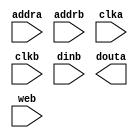
module ramc(
	addra,
	addrb,
	clka,
	clkb,
	dinb,
	douta,
	web);


input [8 : 0] addra;
input [8 : 0] addrb;
input clka;
input clkb;
input [7 : 0] dinb;
output [7 : 0] douta;
input web;

// synthesis translate_off

      BLKMEMDP_V6_3 #(
		.c_addra_width(9),
		.c_addrb_width(9),
		.c_default_data("0"),
		.c_depth_a(365),
		.c_depth_b(365),
		.c_enable_rlocs(0),
		.c_has_default_data(1),
		.c_has_dina(0),
		.c_has_dinb(1),
		.c_has_douta(1),
		.c_has_doutb(0),
		.c_has_ena(0),
		.c_has_enb(0),
		.c_has_limit_data_pitch(0),
		.c_has_nda(0),
		.c_has_ndb(0),
		.c_has_rdya(0),
		.c_has_rdyb(0),
		.c_has_rfda(0),
		.c_has_rfdb(0),
		.c_has_sinita(0),
		.c_has_sinitb(0),
		.c_has_wea(0),
		.c_has_web(1),
		.c_limit_data_pitch(18),
		.c_mem_init_file("mif_file_16_1"),
		.c_pipe_stages_a(0),
		.c_pipe_stages_b(0),
		.c_reg_inputsa(0),
		.c_reg_inputsb(0),
		.c_sim_collision_check("NONE"),
		.c_sinita_value("0"),
		.c_sinitb_value("0"),
		.c_width_a(8),
		.c_width_b(8),
		.c_write_modea(0),
		.c_write_modeb(0),
		.c_ybottom_addr("0"),
		.c_yclka_is_rising(1),
		.c_yclkb_is_rising(1),
		.c_yena_is_high(1),
		.c_yenb_is_high(1),
		.c_yhierarchy("hierarchy1"),
		.c_ymake_bmm(0),
		.c_yprimitive_type("16kx1"),
		.c_ysinita_is_high(1),
		.c_ysinitb_is_high(1),
		.c_ytop_addr("1024"),
		.c_yuse_single_primitive(0),
		.c_ywea_is_high(1),
		.c_yweb_is_high(1),
		.c_yydisable_warnings(1))
	inst (
		.ADDRA(addra),
		.ADDRB(addrb),
		.CLKA(clka),
		.CLKB(clkb),
		.DINB(dinb),
		.DOUTA(douta),
		.WEB(web),
		.DINA(),
		.DOUTB(),
		.ENA(),
		.ENB(),
		.NDA(),
		.NDB(),
		.RFDA(),
		.RFDB(),
		.RDYA(),
		.RDYB(),
		.SINITA(),
		.SINITB(),
		.WEA());


// synthesis translate_on

// XST black box declaration
// box_type "black_box"
// synthesis attribute box_type of ramc is "black_box"

endmodule